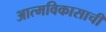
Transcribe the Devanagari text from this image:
आत्मविकासाची